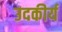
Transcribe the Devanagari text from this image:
उदकीर्य